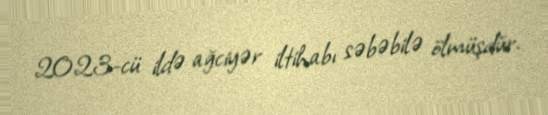
2023-cü ildə ağciyər iltihabı səbəbilə ölmüşdür.